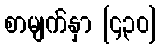
စာမျက်နှာ [၄၃၀]